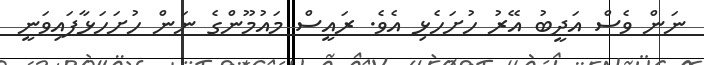
ނަން ވެސް އަދީބު އޭރު ހުށަހެޅި އެވެ. ރައީސް މައުމޫންގެ ނަން ހުށަހަޅާފައިވަނީ